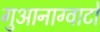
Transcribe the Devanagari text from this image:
गुआनाग्वाटो